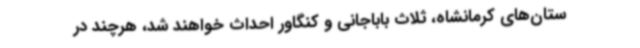
ستان‌های کرمانشاه، ثلاث باباجانی و کنگاور احداث خواهند شد، هرچند در